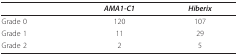
<table><thead><tr><td></td><td><b><i>AMA1-C1</i></b></td><td><b><i>Hiberix</i></b></td></tr></thead><tbody><tr><td>Grade 0</td><td>120</td><td>107</td></tr><tr><td>Grade 1</td><td>11</td><td>29</td></tr><tr><td>Grade 2</td><td>2</td><td>5</td></tr></tbody></table>